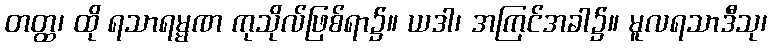
တတ္ထ၊ ထို ရသာရမ္မဏ ကုသိုလ်ဖြစ်ရာ၌။ ယဒါ၊ အကြင်အခါ၌။ မူလရသာဒီသု၊